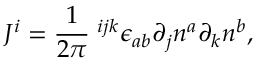
J ^ { i } = \frac 1 { 2 \pi } { \bf \epsilon } ^ { i j k } \epsilon _ { a b } \partial _ { j } n ^ { a } \partial _ { k } n ^ { b } ,